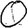
Digit: 0